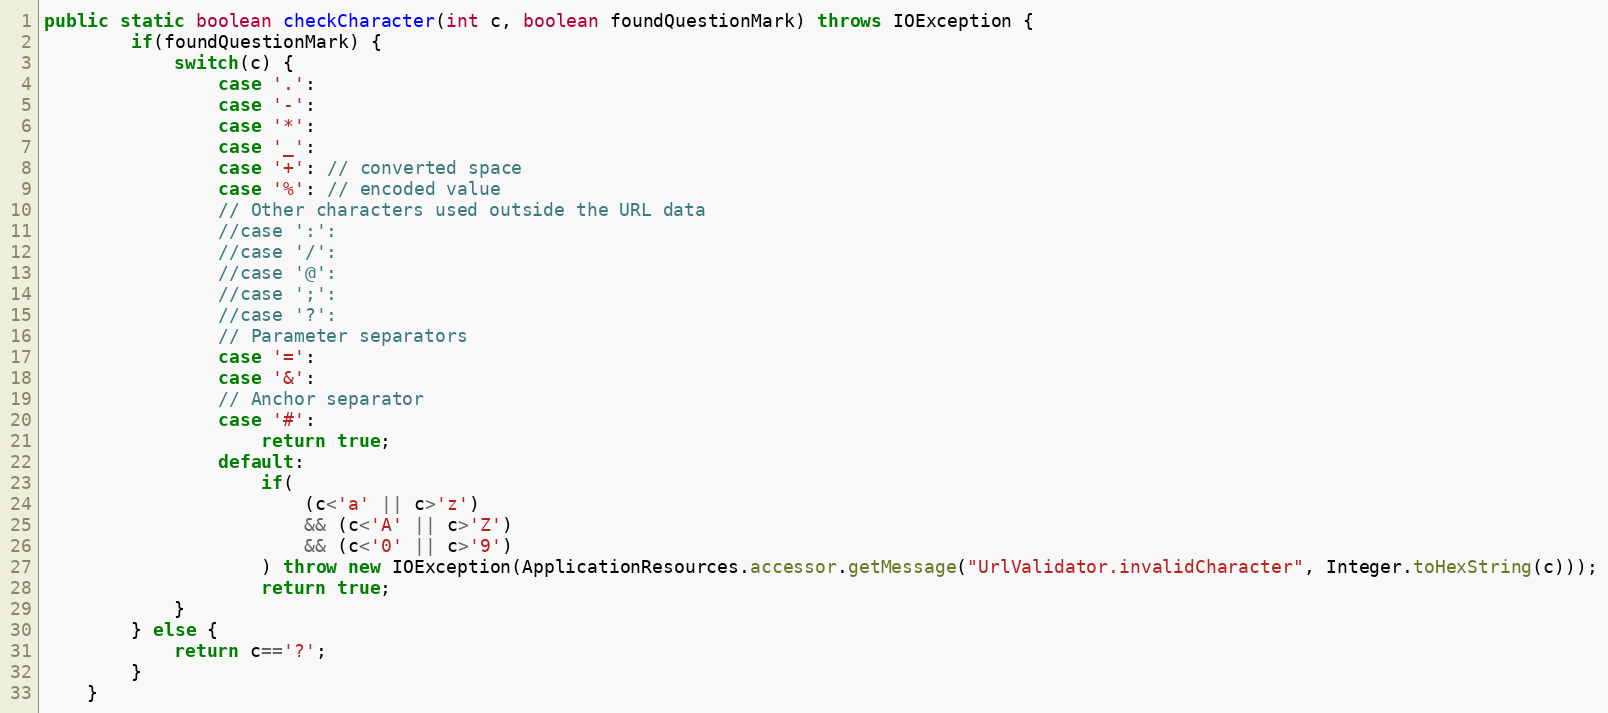
Language: Java
public static boolean checkCharacter(int c, boolean foundQuestionMark) throws IOException {
		if(foundQuestionMark) {
			switch(c) {
				case '.':
				case '-':
				case '*':
				case '_':
				case '+': // converted space
				case '%': // encoded value
				// Other characters used outside the URL data
				//case ':':
				//case '/':
				//case '@':
				//case ';':
				//case '?':
				// Parameter separators
				case '=':
				case '&':
				// Anchor separator
				case '#':
					return true;
				default:
					if(
						(c<'a' || c>'z')
						&& (c<'A' || c>'Z')
						&& (c<'0' || c>'9')
					) throw new IOException(ApplicationResources.accessor.getMessage("UrlValidator.invalidCharacter", Integer.toHexString(c)));
					return true;
			}
		} else {
			return c=='?';
		}
	}